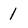
Character: 1